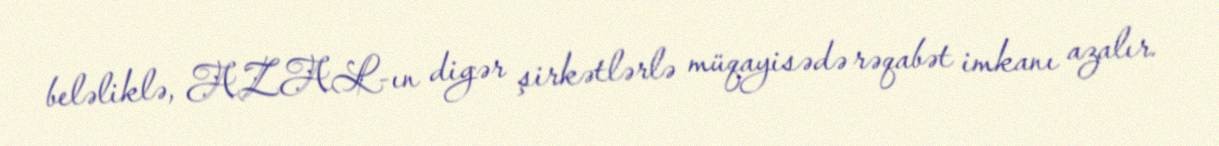
beləliklə, AZAL-ın digər şirkətlərlə müqayisədə rəqabət imkanı azalır.